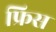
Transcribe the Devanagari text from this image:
फ्रिस